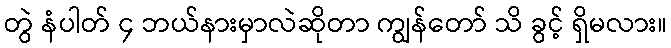
တွဲ နံပါတ် ၄ ဘယ်နားမှာလဲဆိုတာ ကျွန်တော် သိ ခွင့် ရှိမလား။